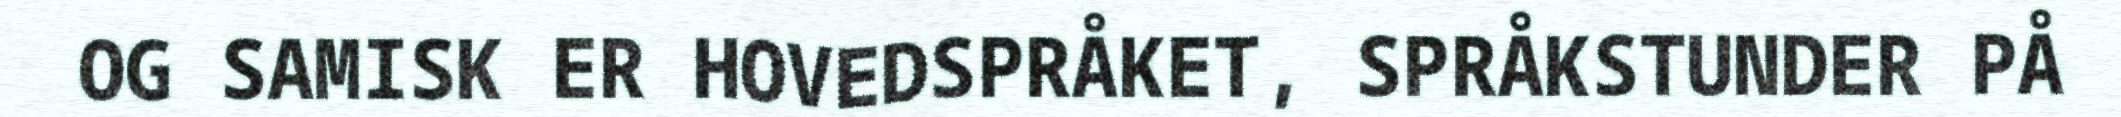
OG SAMISK ER HOVEDSPRÅKET, SPRÅKSTUNDER PÅ